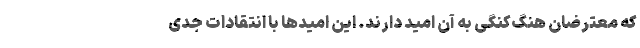
که معترضان هنگ‌کنگی به آن امید دارند. این امیدها با انتقادات جدی